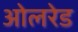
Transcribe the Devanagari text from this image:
ओलरेड